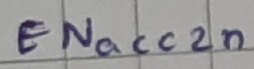
Text: ENacc2n